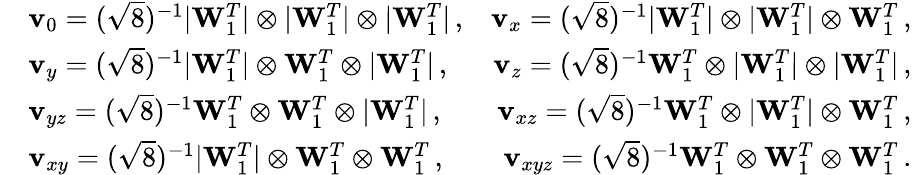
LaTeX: \begin{array}{rlr}&{\mathbf v_{0}=(\sqrt 8)^{-1}|\mathbf W_{1}^{T}|\otimes|\mathbf W_{1}^{T}|\otimes|\mathbf W_{1}^{T}|\, ,}&{\mathbf v_{x}=(\sqrt 8)^{-1}|\mathbf W_{1}^{T}|\otimes|\mathbf W_{1}^{T}|\otimes\mathbf W_{1}^{T}\, ,}\\ &{\mathbf v_{y}=(\sqrt 8)^{-1}|\mathbf W_{1}^{T}|\otimes\mathbf W_{1}^{T}\otimes|\mathbf W_{1}^{T}|\, ,}&{\mathbf v_{z}=(\sqrt 8)^{-1}\mathbf W_{1}^{T}\otimes|\mathbf W_{1}^{T}|\otimes|\mathbf W_{1}^{T}|\, ,}\\ &{\mathbf v_{yz}=(\sqrt 8)^{-1}\mathbf W_{1}^{T}\otimes\mathbf W_{1}^{T}\otimes|\mathbf W_{1}^{T}|\, ,}&{\mathbf v_{xz}=(\sqrt 8)^{-1}\mathbf W_{1}^{T}\otimes|\mathbf W_{1}^{T}|\otimes\mathbf W_{1}^{T}\, ,}\\ &{\mathbf v_{xy}=(\sqrt 8)^{-1}|\mathbf W_{1}^{T}|\otimes\mathbf W_{1}^{T}\otimes\mathbf W_{1}^{T}\, ,}&{\mathbf v_{xyz}=(\sqrt 8)^{-1}\mathbf W_{1}^{T}\otimes\mathbf W_{1}^{T}\otimes\mathbf W_{1}^{T}\, .}\end{array}